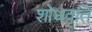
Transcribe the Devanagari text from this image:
शोधवृति